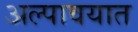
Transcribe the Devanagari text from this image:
अल्पावयात